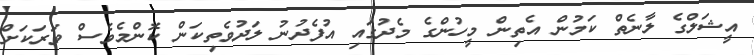
އީޝަލްގެ ލާނެތް ކަމުން އެތިން މީހުންގެ މެދުގައި އުފެދުނު ލަދުވެތިކަން ކޮންމެވެސް ވަރަކަށް